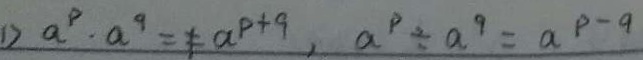
1 ) a ^ { p } \cdot a ^ { q } = \neq a ^ { p + q } , a ^ { p } \div a ^ { q } = a ^ { p - q }